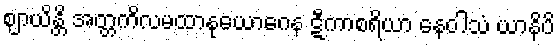
ဈာယိန္တိ အတ္တကိလမထာနုယောဂေန ဋီကာစရိယာ နေဝါသံ ယာနိပိ